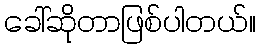
ခေါ်ဆိုတာဖြစ်ပါတယ်။